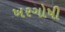
ખરગોષી